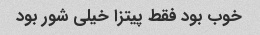
خوب بود فقط پیتزا خیلی شور بود